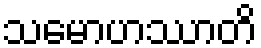
သမောဟဿာတိ